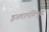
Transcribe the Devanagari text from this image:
इस्लामविमुख